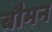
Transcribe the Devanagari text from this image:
बौमन